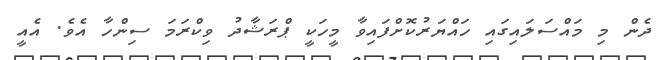
ދެން މި މައްސަލައިގައި ހައްޔަރުކޮށްފައިވާ މީހަކީ ޕްރަޝާދު ވިކްރަމަ ސިންހާ އެވެ. އެއީ